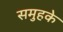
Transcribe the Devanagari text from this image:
समुहके